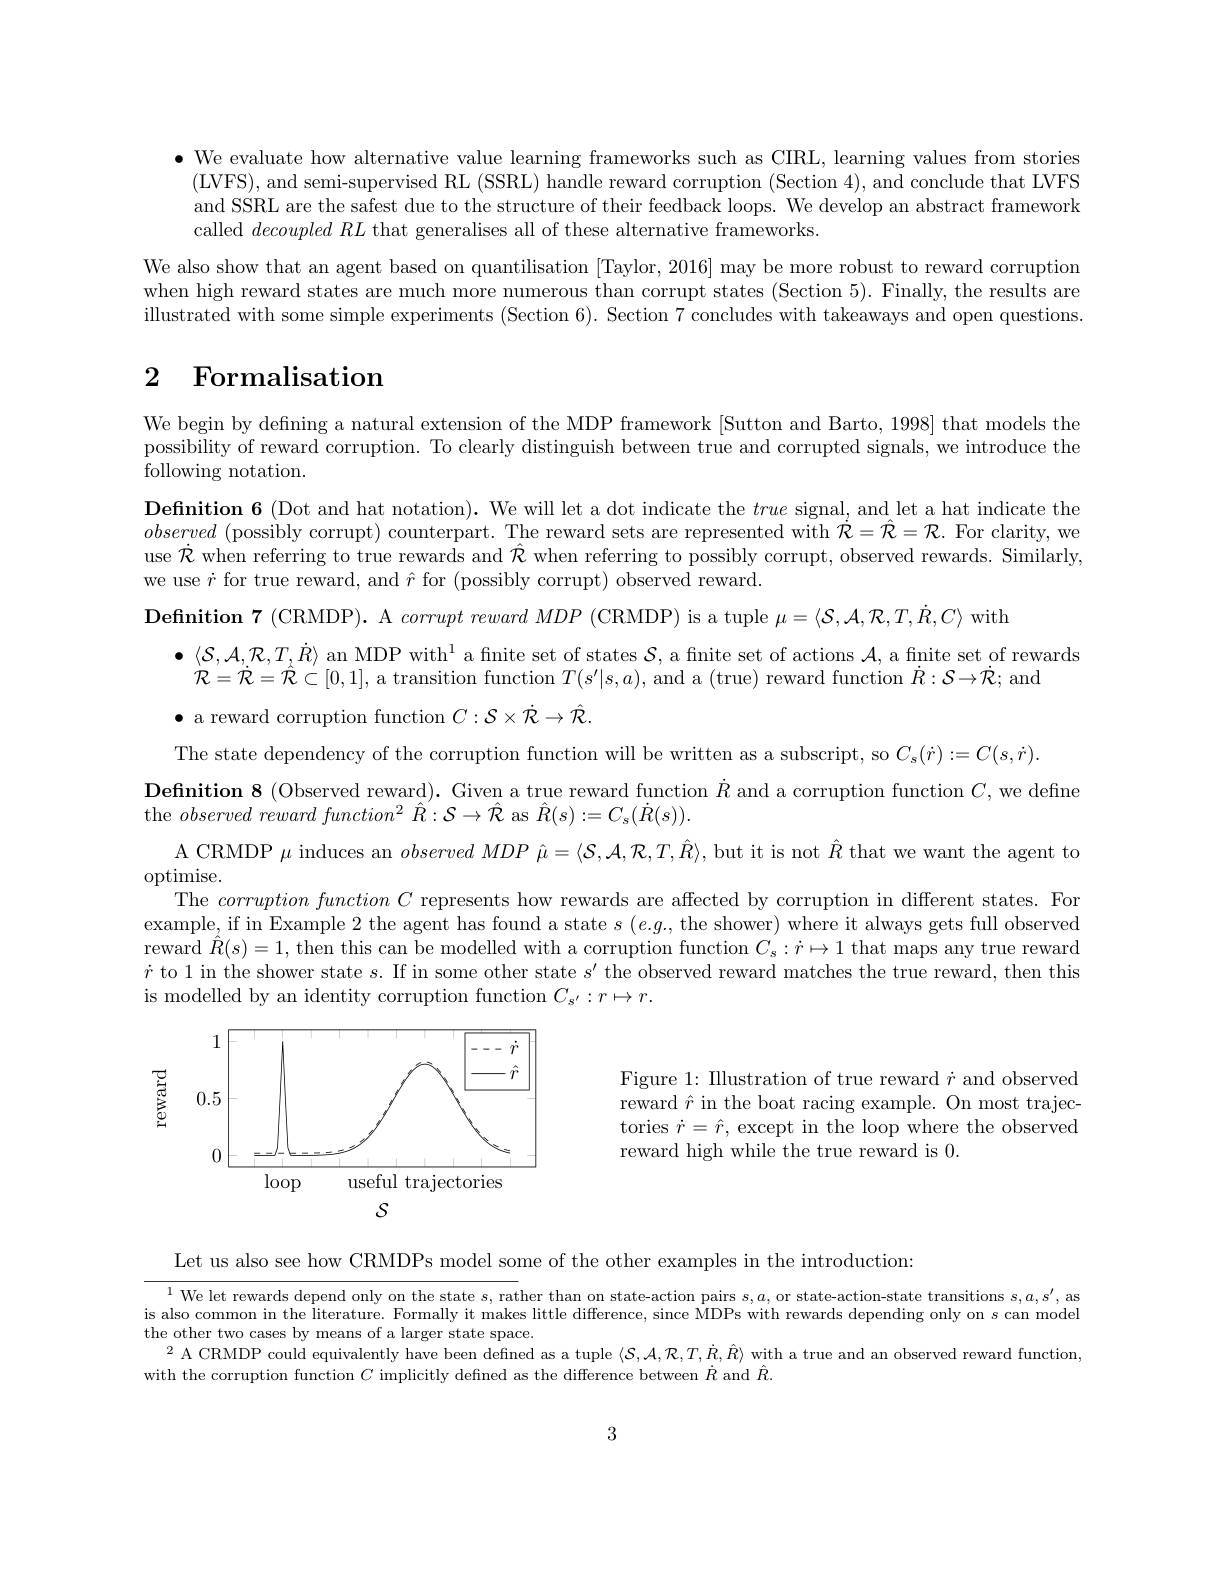
$\bullet$ We evaluate how alternative value learning frameworks such as CIRL, learning values from stories (LVFS), and semi-supervised RL (SSRL) handle reward corruption (Section 4), and conclude that LVFS and SSRL are the safest due to the structure of their feedback loops. We develop an abstract framework called decoupledRL that generalises all of these alternative frameworks
We also show that an agent based on quantilisation [Taylor, 2016] may be more robust to reward corruption when high reward states are much more numerous than corrupt states (Section 5). Finally, the results are illustrated with some simple experiments (Section 6). Section 7 concludes with takeaways and open questions

# 2 Formalisation

We begin by defining a natural extension of the MDP framework [Sutton and Barto, 1998] that models the possibility of reward corruption. To clearly distinguish between true and corrupted signals, we introduce the following notation.
$\textbf{Definition 6 ( Dot and hat notation) . We will let a dot indicate the }true$ signal, and let a hat indicate the observed (possibly corrupt) counterpart. The reward sets are represented with $\dot{\mathcal{R}}=\hat{\mathcal{R}}=\mathcal{R}.$ For clarity, we use $\dot{\mathcal{R}}$ when referring to true rewards and $\hat{\mathcal{R}}$ when referring to possibly corrupt, observed rewards. Similarly, we use $\dot{r}$ for true reward, and $\hat{r}$ for (possibly corrupt) observed reward.
$\textbf{Definition 7 ( CRMDP) . A }corrupt\textit{ reward MDP ( CRMDP) is a tuple }\mu = \langle \mathcal{S} , \mathcal{A} , \mathcal{R} , T, \dot{R} , C\rangle$ with
$\bullet\langle\mathcal{S},\mathcal{A},\mathcal{R},T,\dot{R}\rangle$ an MDP with$^1$ a finite set of states $\mathcal{S}$, a finite set of actions $\mathcal{A}$, a fnite set of rewards
$\mathcal{R}=\dot{\mathcal{R}}=\hat{\mathcal{R}}\subset[0,1]$, a transition function $T(s^\prime|s,a)$, and a (true) reward function $\dot{R}:\mathcal{S}\to\dot{\mathcal{R}};$ and
$\bullet$ a reward corruption function $C:\mathcal{S}\times\dot{\mathcal{R}}\to\hat{\mathcal{R}}.$
The state dependency of the corruption function will be written as a subscript, so $C_s(\dot{r}):=C(s,\dot{r}).$
$\textbf{Definition 8 ( Observed reward) . Given a true reward function }\dot{R}$ and a corruption function $C$,we defne
the $observed\overset {reward}{\operatorname* { \textit{reward function}^2} }\hat{R} : \mathcal{S} \to \hat{\mathcal{R} }$ as $\hat{R}(s):=C_s(\dot{R}(s))$
A CRMDP $\mu$ induces an observedMDP $\hat{\mu}=\langle\mathcal{S},\mathcal{A},\mathcal{R},T,\hat{R}\rangle$, but it is not $\hat{R}$ that we want the agent to
optimise.
The corruptionfunctionC represents how rewards are affected by corruption in different states. For example, if in Example 2 the agent has found a state $s$ ($e.g.$, the shower) where it always gets full observed reward $\hat{R}(s)=1$, then this can be modelled with a corruption function $C_s:\dot{r}\mapsto1$ that maps any true reward $\dot{r}$ to 1 in the shower state $s.$ If in some other state $s^\prime$ the observed reward matches the true reward, then this is modelled by an identity corruption function $C_{s^{\prime}}:r\mapsto r.$

<FigureHere>

Figure 1: Illustration of true reward $\dot{r}$ and observed reward $\hat{r}$ in the boat racing example. On most trajectories $\dot{r}=\hat{r}$, except in the loop where the observed reward high while the true reward is 0.

$S$

Let us also see how CRMDPs model some of the other examples in the introduction:

$^{1}$We let rewards depend only on the state s, rather than on state-action pairs s,$a$,or state-action-state transitions s,$a,s^\prime$, as is also common in the literature. Formally it makes little difference, since MDPs with rewards depending only on s can model the other two cases by means of a larger state space.
$^{2}$A CRMDP could equivalently have been defined as a tuple $\langle\mathcal{S},\mathcal{A},\mathcal{R},T,\dot{R},\hat{R}\rangle$ with a true and an observed reward function$^{2}$
with the corruption function $C$ implicitly defined as the difference between $\dot{R}$ and $\hat{R}$

3